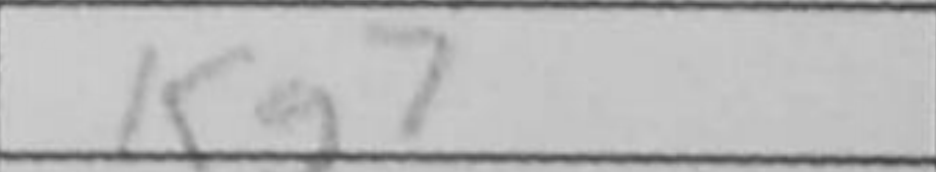
Transcription: Kg7